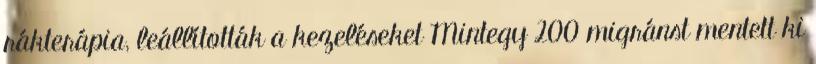
rákterápia, leállították a kezeléseket Mintegy 200 migránst mentett ki